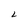
Character: L